Virumaa_algkoolid, lk 59
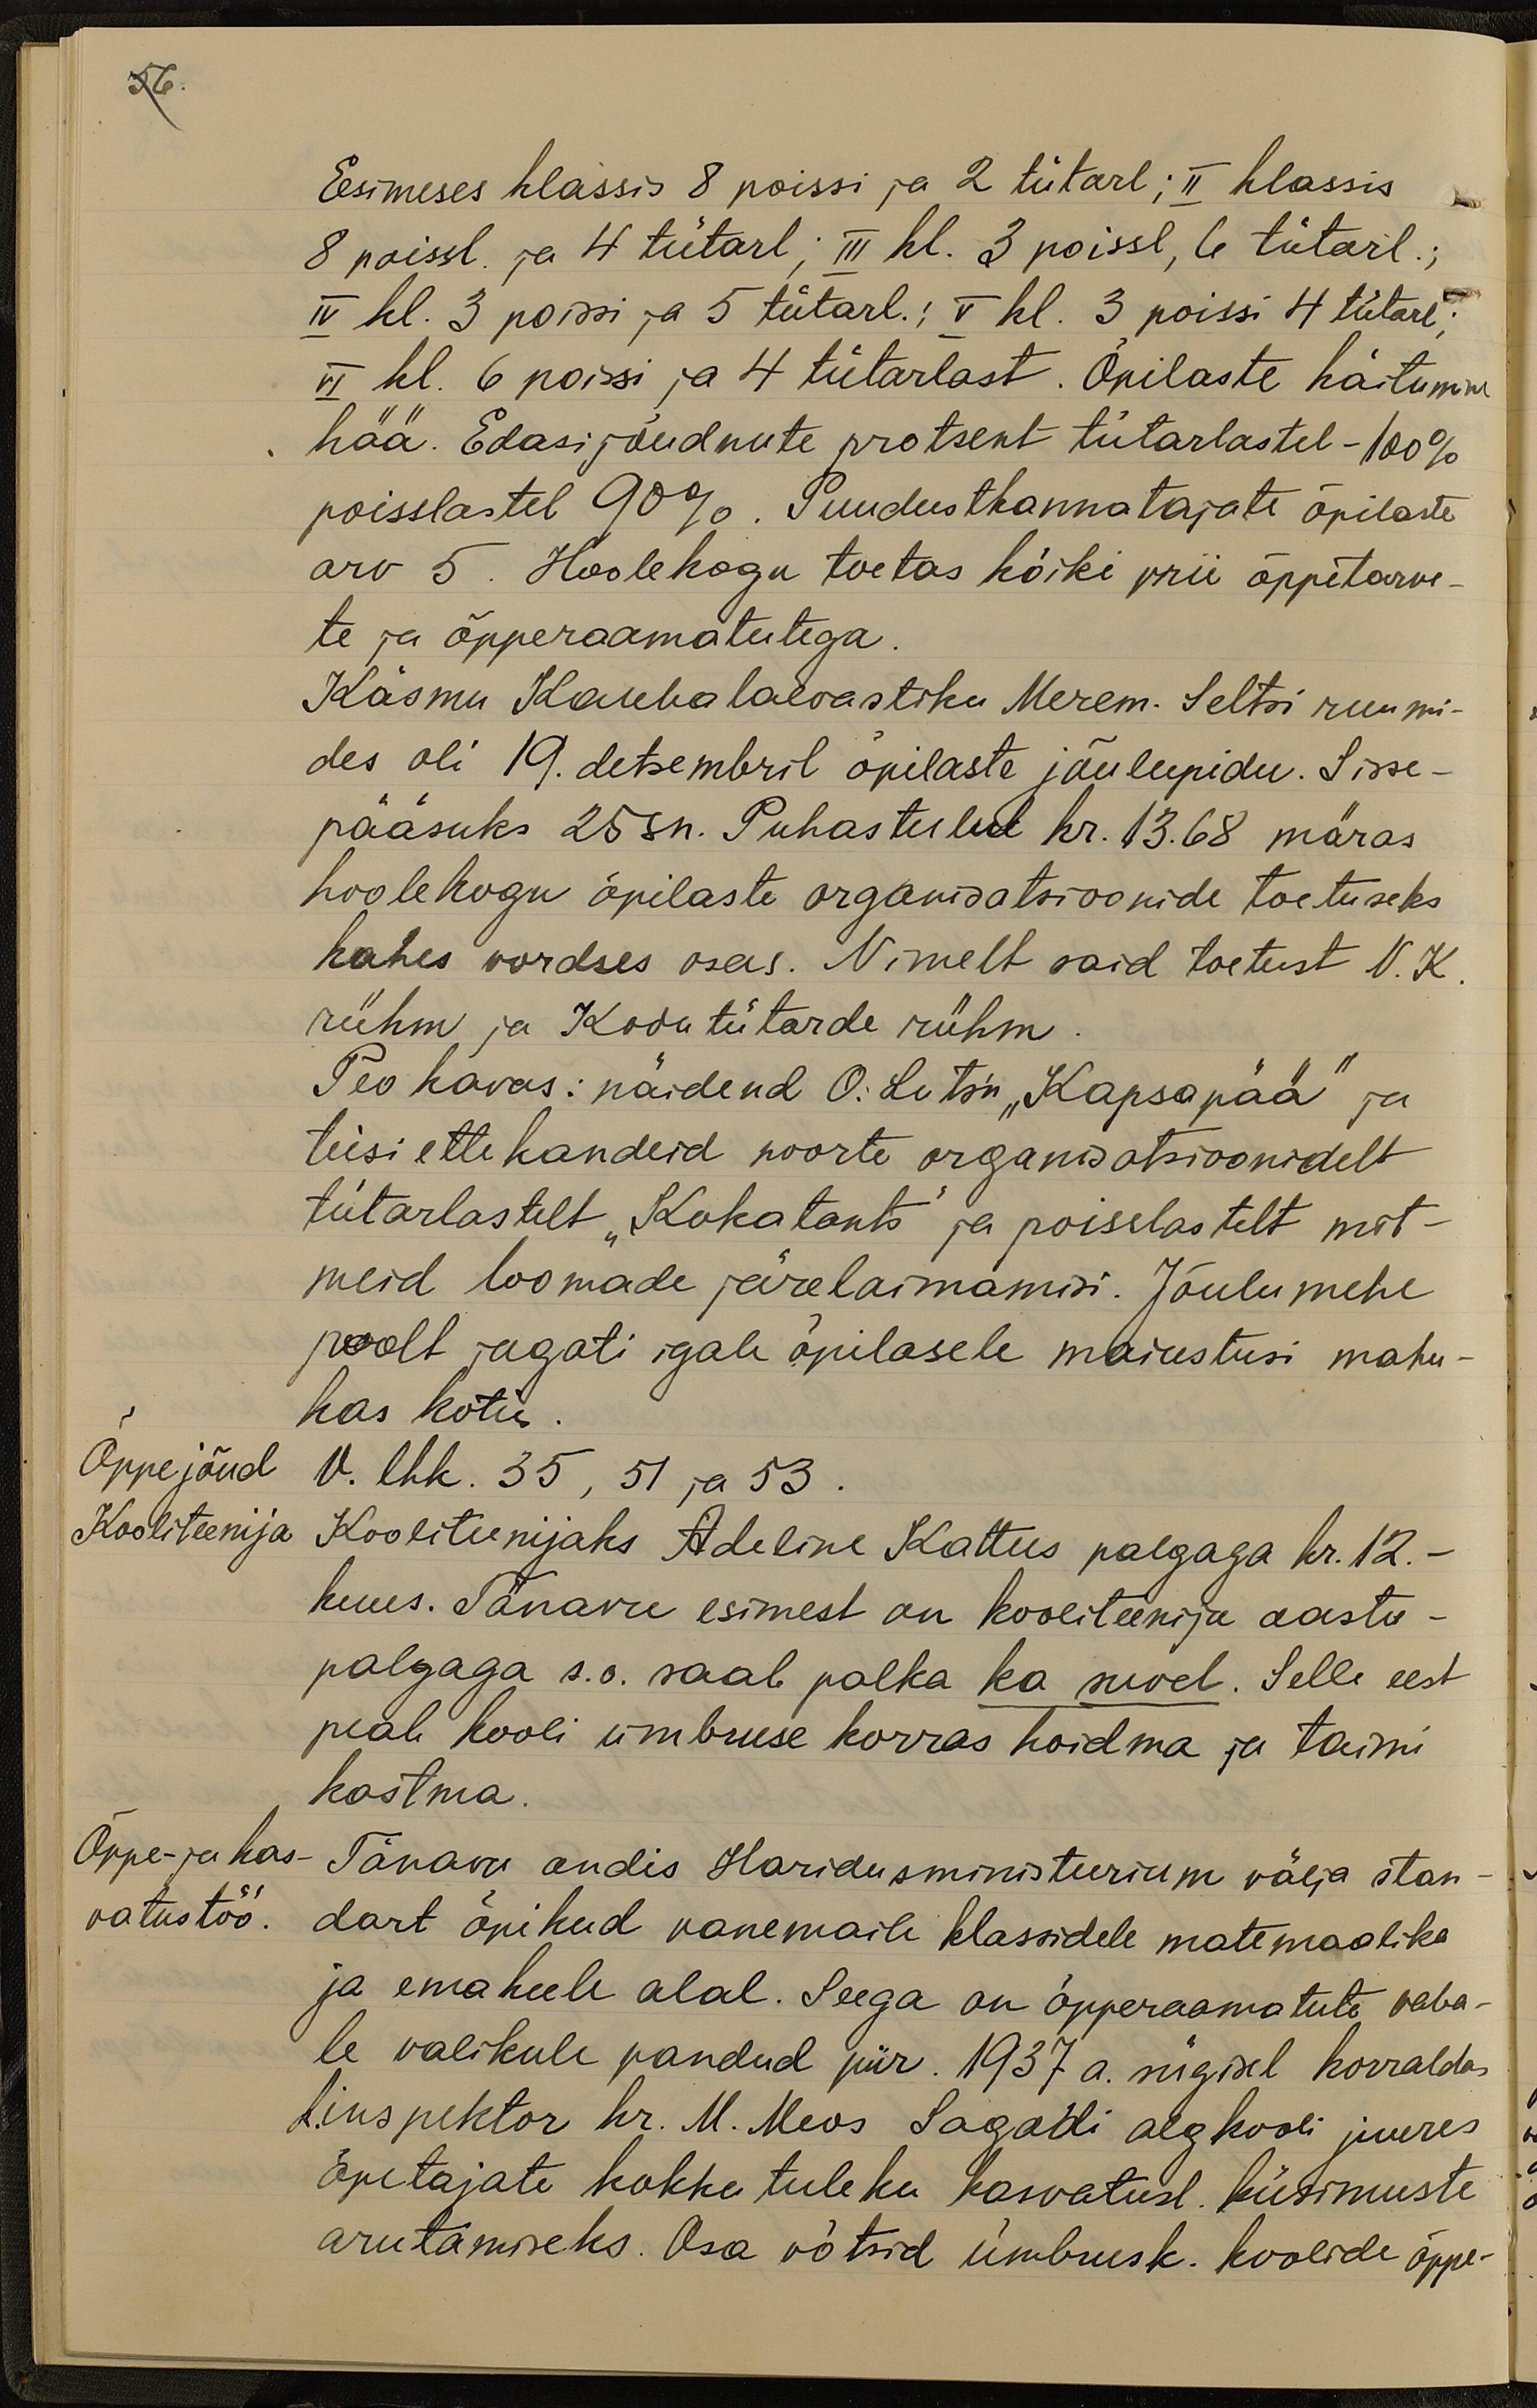
56.
Esimeses klassis 8 poissi ja 2 tütarl; II klassis
8 poissl. ja 4 tütarl; III kl. 3 poissl, 6 tütarl.;
IV kl. 3 poissi ja 5 tütarl. ; V kl. 3 poissi 4 tütarl;
VI kl. 6 poissi ja 4 tütarlast. Õpilaste käitumine
hää. Edasijõudnute protsent tütarlastel - 100%
poisslastel 90%. Puudustkannatajate õpilaste
arv 5. Hoolekogu toetas kõiki prii õppetarve-
te ja õpperaamatutega.
Käsmu Kaubalaevastiku Merem. Seltsi ruumi-
des oli 19. detsembril õpilaste jõulupidu. Sisse-
pääsuks 25 sn. Puhastulud kr. 13.68 märas
hoolekogu õpilaste organisatsioonide toetuseks
kahes vordses osas. Nimelt vaid toetust N.K.
rühm ja Kodutütarde rühm
Peo kavas: näidend O. Lutsu "Kapsapää" ja
teisi ettekandeid noorte organisatsioonidelt
tütarlastelt "Kokatants" ja poisslastelt mit-
meid loomade järeleaimamisi. Jõulumehe
poolt jagati igale õpilasele maiustusi mahu-
has kotis.
Õppejõud
V. lhk. 35, 51 ja 53
Kooliteenija
Kooliteenijaks Adeline Kattus palgaga kr. 12.-
kuus. Tänavu esimest on kooliteenija aasta
palgaga s.o. saab palka ka suvel. Selle eest
peab kooli ümbruse korras hoidma ja taimi
kastma.
Õppe- ja kas-
Tänavu andis Haridusministeerium välja stan-
vatustöö.
dart õpikud vanemaile klassidele matemaatika
ja emakeele alal. Seega on õpperaamatute vaba-
le valikule pandud piir. 1937 a. sügisel korraldas
k. inspektor hr. M. Meos Sagadi algkooli juures
õpetajate kokku tuleku kasvatusl. küsimuste
arutamiseks. Osa võtsid ümbrusk. koolide õppe-